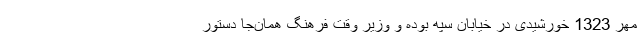
مهر 1323 خورشیدی در خیابان سپه بوده و وزیر وقت فرهنگ همان‌جا دستور